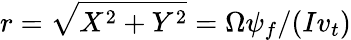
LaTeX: r=\sqrt{X^{2}+Y^{2}}=\Omega\psi_{f}/(Iv_{t})